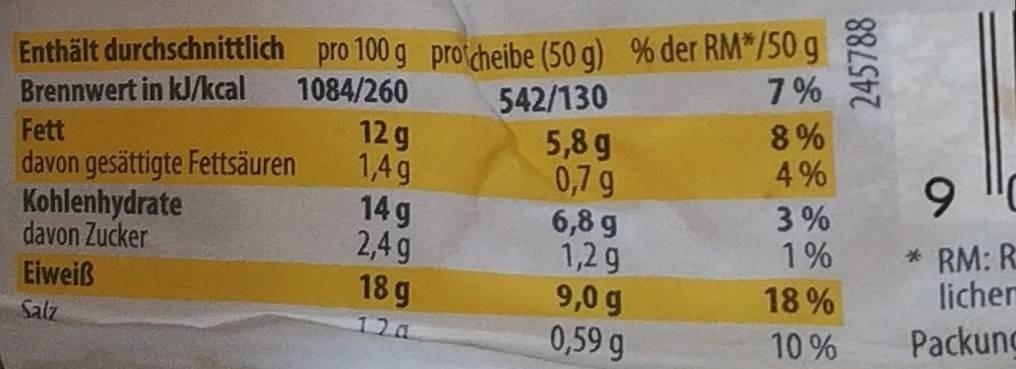
Enthält durchschnittlich pro 100 g protcheibe (50 g) % der RM*/50 g 1084/260
7%
Brennwert in kJ/kcal
542/130
8% 4%
12 g 1,4g 14 g 2,4 g
5,8 g 0,7 g 6,8 g 1,2 g 9,0 g 0,59 g
Fett
davon gesättigte Fettsäuren
6.
Kohlenhydrate davon Zucker
3% 1%
* RM: R licher
Eiweiß
18 g
18%
Salz
Packung
12a
10 %
245788